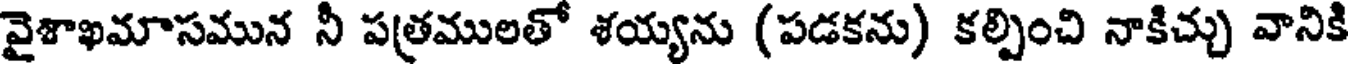
వైశాఖమాసమున నీ పత్రములతో శయ్యను (పడకను) కల్పించి నాకిచ్చు వానికి